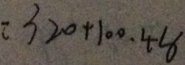
= 3 2 0 + 1 0 0 . 4 8